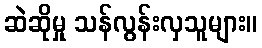
ဆဲဆိုမှု သန်လွန်းလှသူများ။